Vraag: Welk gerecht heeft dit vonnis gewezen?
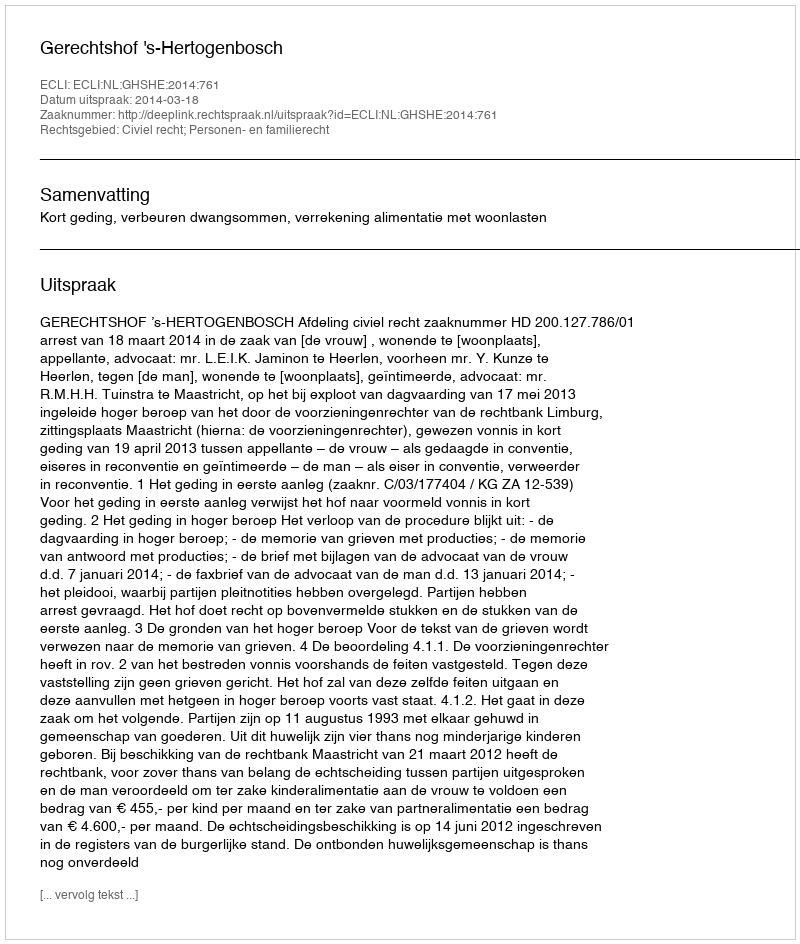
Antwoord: Gerechtshof 's-Hertogenbosch